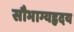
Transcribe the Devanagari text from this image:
सौभाग्यहृदय